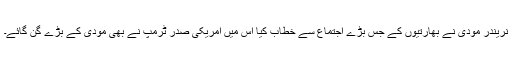
نریندر مودی نے بھارتیوں کے جس بڑے اجتماع سے خطاب کیا اس میں امریکی صدر ٹرمپ نے بھی مودی کے بڑے گن گائے۔